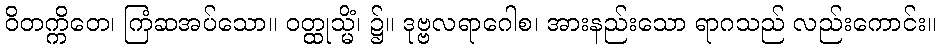
ဝိတက္ကိတေ၊ ကြံဆအပ်သော။ ဝတ္ထုသ္မိံ၊ ၌။ ဒုဗ္ဗလရာဂေါစ၊ အားနည်းသော ရာဂသည် လည်းကောင်း။